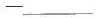
—___